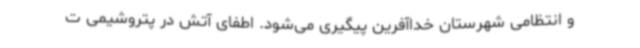
و انتظامی شهرستان خداآفرین پیگیری می‌شود. اطفای آتش در پتروشیمی ت